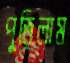
পুড়িলাম